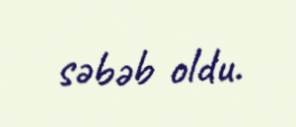
səbəb oldu.